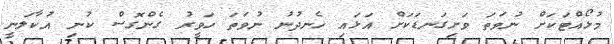
މުޅޯއްޓަކަށް ނުވަތަ ވަށިގަނޑަކަށް އަޅައި ހެނދުނު ނުވަތަ ހަވީރު ގެންގޮސް ކުނި އުކާލަނީ